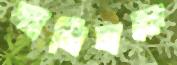
আমিনকে